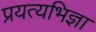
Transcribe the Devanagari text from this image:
प्रयत्यभिज्ञा